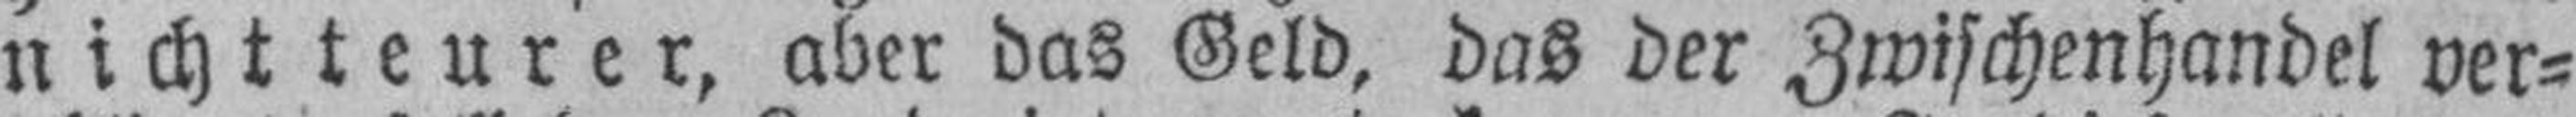
nicht teurer, aber das Geld, das der Zwischenhandel ver¬